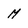
Character: M